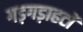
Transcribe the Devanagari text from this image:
गड़गड़ाहटों